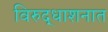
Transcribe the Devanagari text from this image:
विरुद्धाशनात